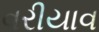
વરીયાવ